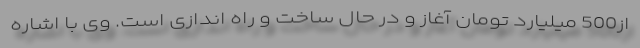
از500 میلیارد تومان آغاز و در حال ساخت و راه اندازی است. وی با اشاره